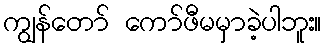
ကျွန်တော် ကော်ဖီမမှာခဲ့ပါဘူး။